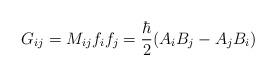
LaTeX: \begin{align*}G_{ij}= M_{ij}f_i f_j=\frac{\hbar}{2}(A_iB_j-A_jB_i)\end{align*}